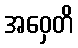
အဝှေတိ